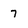
Character: 7